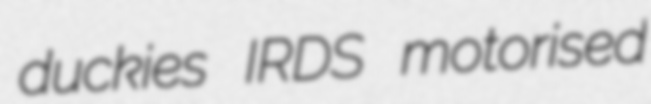
duckies IRDS motorised